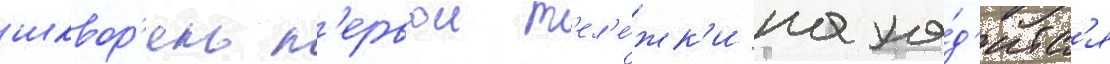
шквор'ень п'ервои т'ел'е́жк'и нахо́д'итс'я